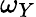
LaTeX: \omega_{Y}